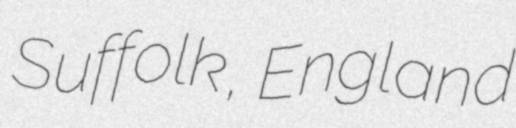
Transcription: Suffolk, England